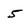
Character: 5